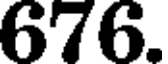
676.